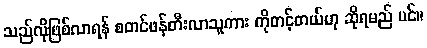
သည်လိုဖြစ်လာရန် စတင်ဖန်တီးလာသူကား ကိုတင့်တယ်ဟု ဆိုရမည် ပင်။